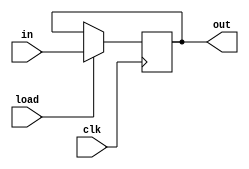
module vDFFE(clk,load,in,out);  //from the slidesets
parameter n=1;
input clk,load;              //this is d flip flop with enable.
input[n-1:0] in;
output [n-1:0] out;
reg[n-1:0]out;
wire[n-1:0]next_out;
assign next_out=load?in:out;

always@(posedge clk)
out=next_out;
endmodule